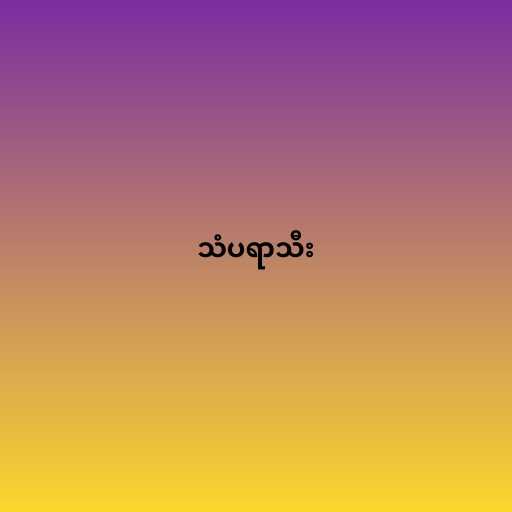
သံပရာသီး